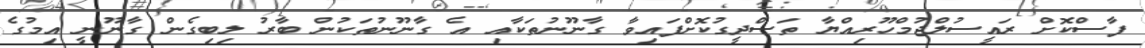
ފާސްކޮށް ރައީސުލްޖުމްހޫރިއްޔާ ތަސްދީގުކޮށްފައިވާ ގާނޫނުތަކާއި އެ ގާނޫނުތަކުން ބާރު ލިބިގެން ގާނޫނީ އިމުގެ